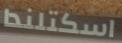
اسكتلندا